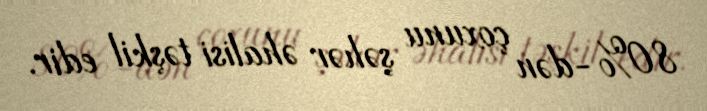
80%-dən çoxunu şəhər əhalisi təşkil edir.